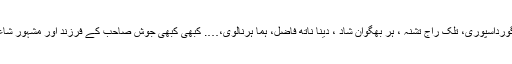
آنے والوں میں کئی نام تھے جو آج تک یاد ہیں، آزاد گورداسپوری، تلک راج تشنہ ، ہر بھگوان شاد ، دینا ناتھ فاضل، ہما ہرنالوی،…. کبھی کبھی جوش صاحب کے فرزند اور مشہور شاعر بالمکند عرش ملسیانی بھی دہلی سے تشریف لاتے۔